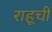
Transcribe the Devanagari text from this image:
राहूची